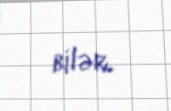
bilər.